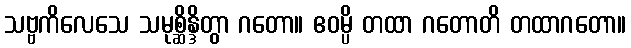
သဗ္ဗကိလေသေ သမုစ္ဆိန္ဒိတွာ ဂတော။ ဧဝမ္ပိ တထာ ဂတောတိ တထာဂတော။